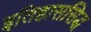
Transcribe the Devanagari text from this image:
इतिहाससिद्ध